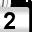
Digit: 2